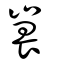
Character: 嵔